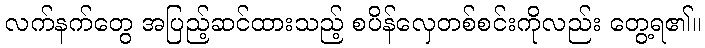
လက်နက်တွေ အပြည့်ဆင်ထားသည့် စပိန်လှေတစ်စင်းကိုလည်း တွေ့ရ၏။